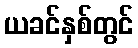
ယခင်နှစ်တွင်